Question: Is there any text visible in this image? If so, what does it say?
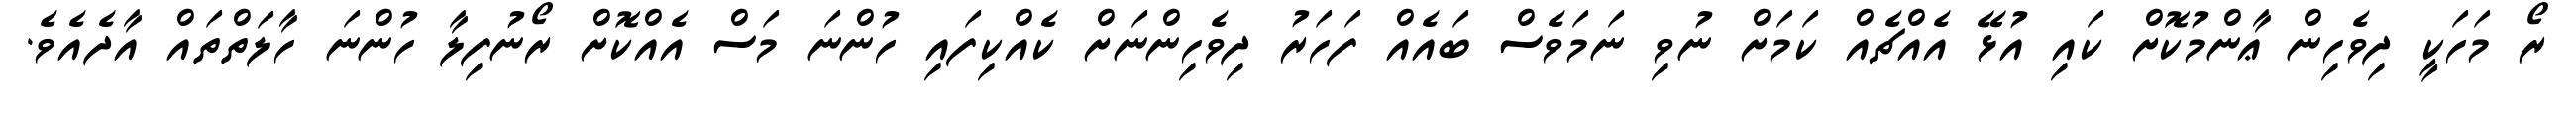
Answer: ރޯ މަހަކީ ދިވެހިން ޢާންމުކޮށް ކައި އުޅޭ އެއްޗެއް ކަމަށް ނުވި ނަމަވެސް ބައެއް ފަހަރު ދިވެހިންނަށް ކެއްކިފައި ހުންނަ މަސް އެއްކޮށް ރޯނުފިލާ ހުންނަ ހާލަތްތައް އާދެއެވެ.